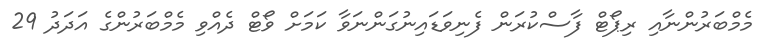
މެމްބަރުންނާއި ރިޕޯޓް ފާސްކުރަން ފެނިވަޑައިނުގަންނަވާ ކަމަށް ވޯޓް ދެއްވި މެމްބަރުންގެ އަދަދު 29